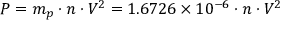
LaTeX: P = m _ { p } \cdot n \cdot V ^ { 2 } = 1 . 6 7 2 6 \times 1 0 ^ { - 6 } \cdot n \cdot V ^ { 2 }